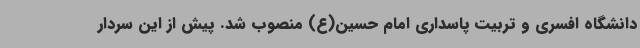
دانشگاه افسری و تربیت پاسداری امام حسین(ع) منصوب شد. پیش از این سردار